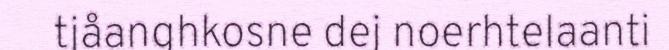
tjåanghkosne dej noerhtelaanti